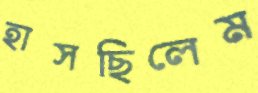
হাসছিলেম